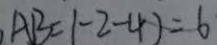
A B = ( - 2 - 4 ) = 6